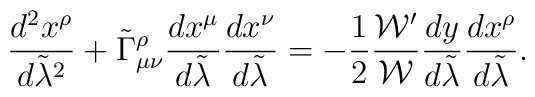
{{d^2x^{\rho}}\over{d\tilde{\lambda}^2}}+\tilde{\Gamma}^{\rho}_{\mu\nu}{{dx^{\mu}}\over{d\tilde{\lambda}}}{{dx^{\nu}}\over{d\tilde{\lambda}}}=-{1\over 2}{{{\cal W}^{\prime}}\over{\cal W}}{{dy}\over{d\tilde{\lambda}}}{{dx^{\rho}}\over{d\tilde{\lambda}}}.